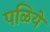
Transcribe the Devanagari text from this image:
पळिये